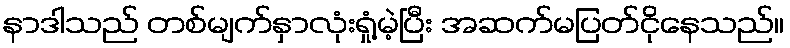
နာဒါသည် တစ်မျက်နှာလုံးရှုံ့မဲ့ပြီး အဆက်မပြတ်ငိုနေသည်။